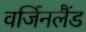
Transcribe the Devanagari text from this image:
वर्जिनलैंड